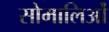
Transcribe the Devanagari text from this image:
सोमालिओं